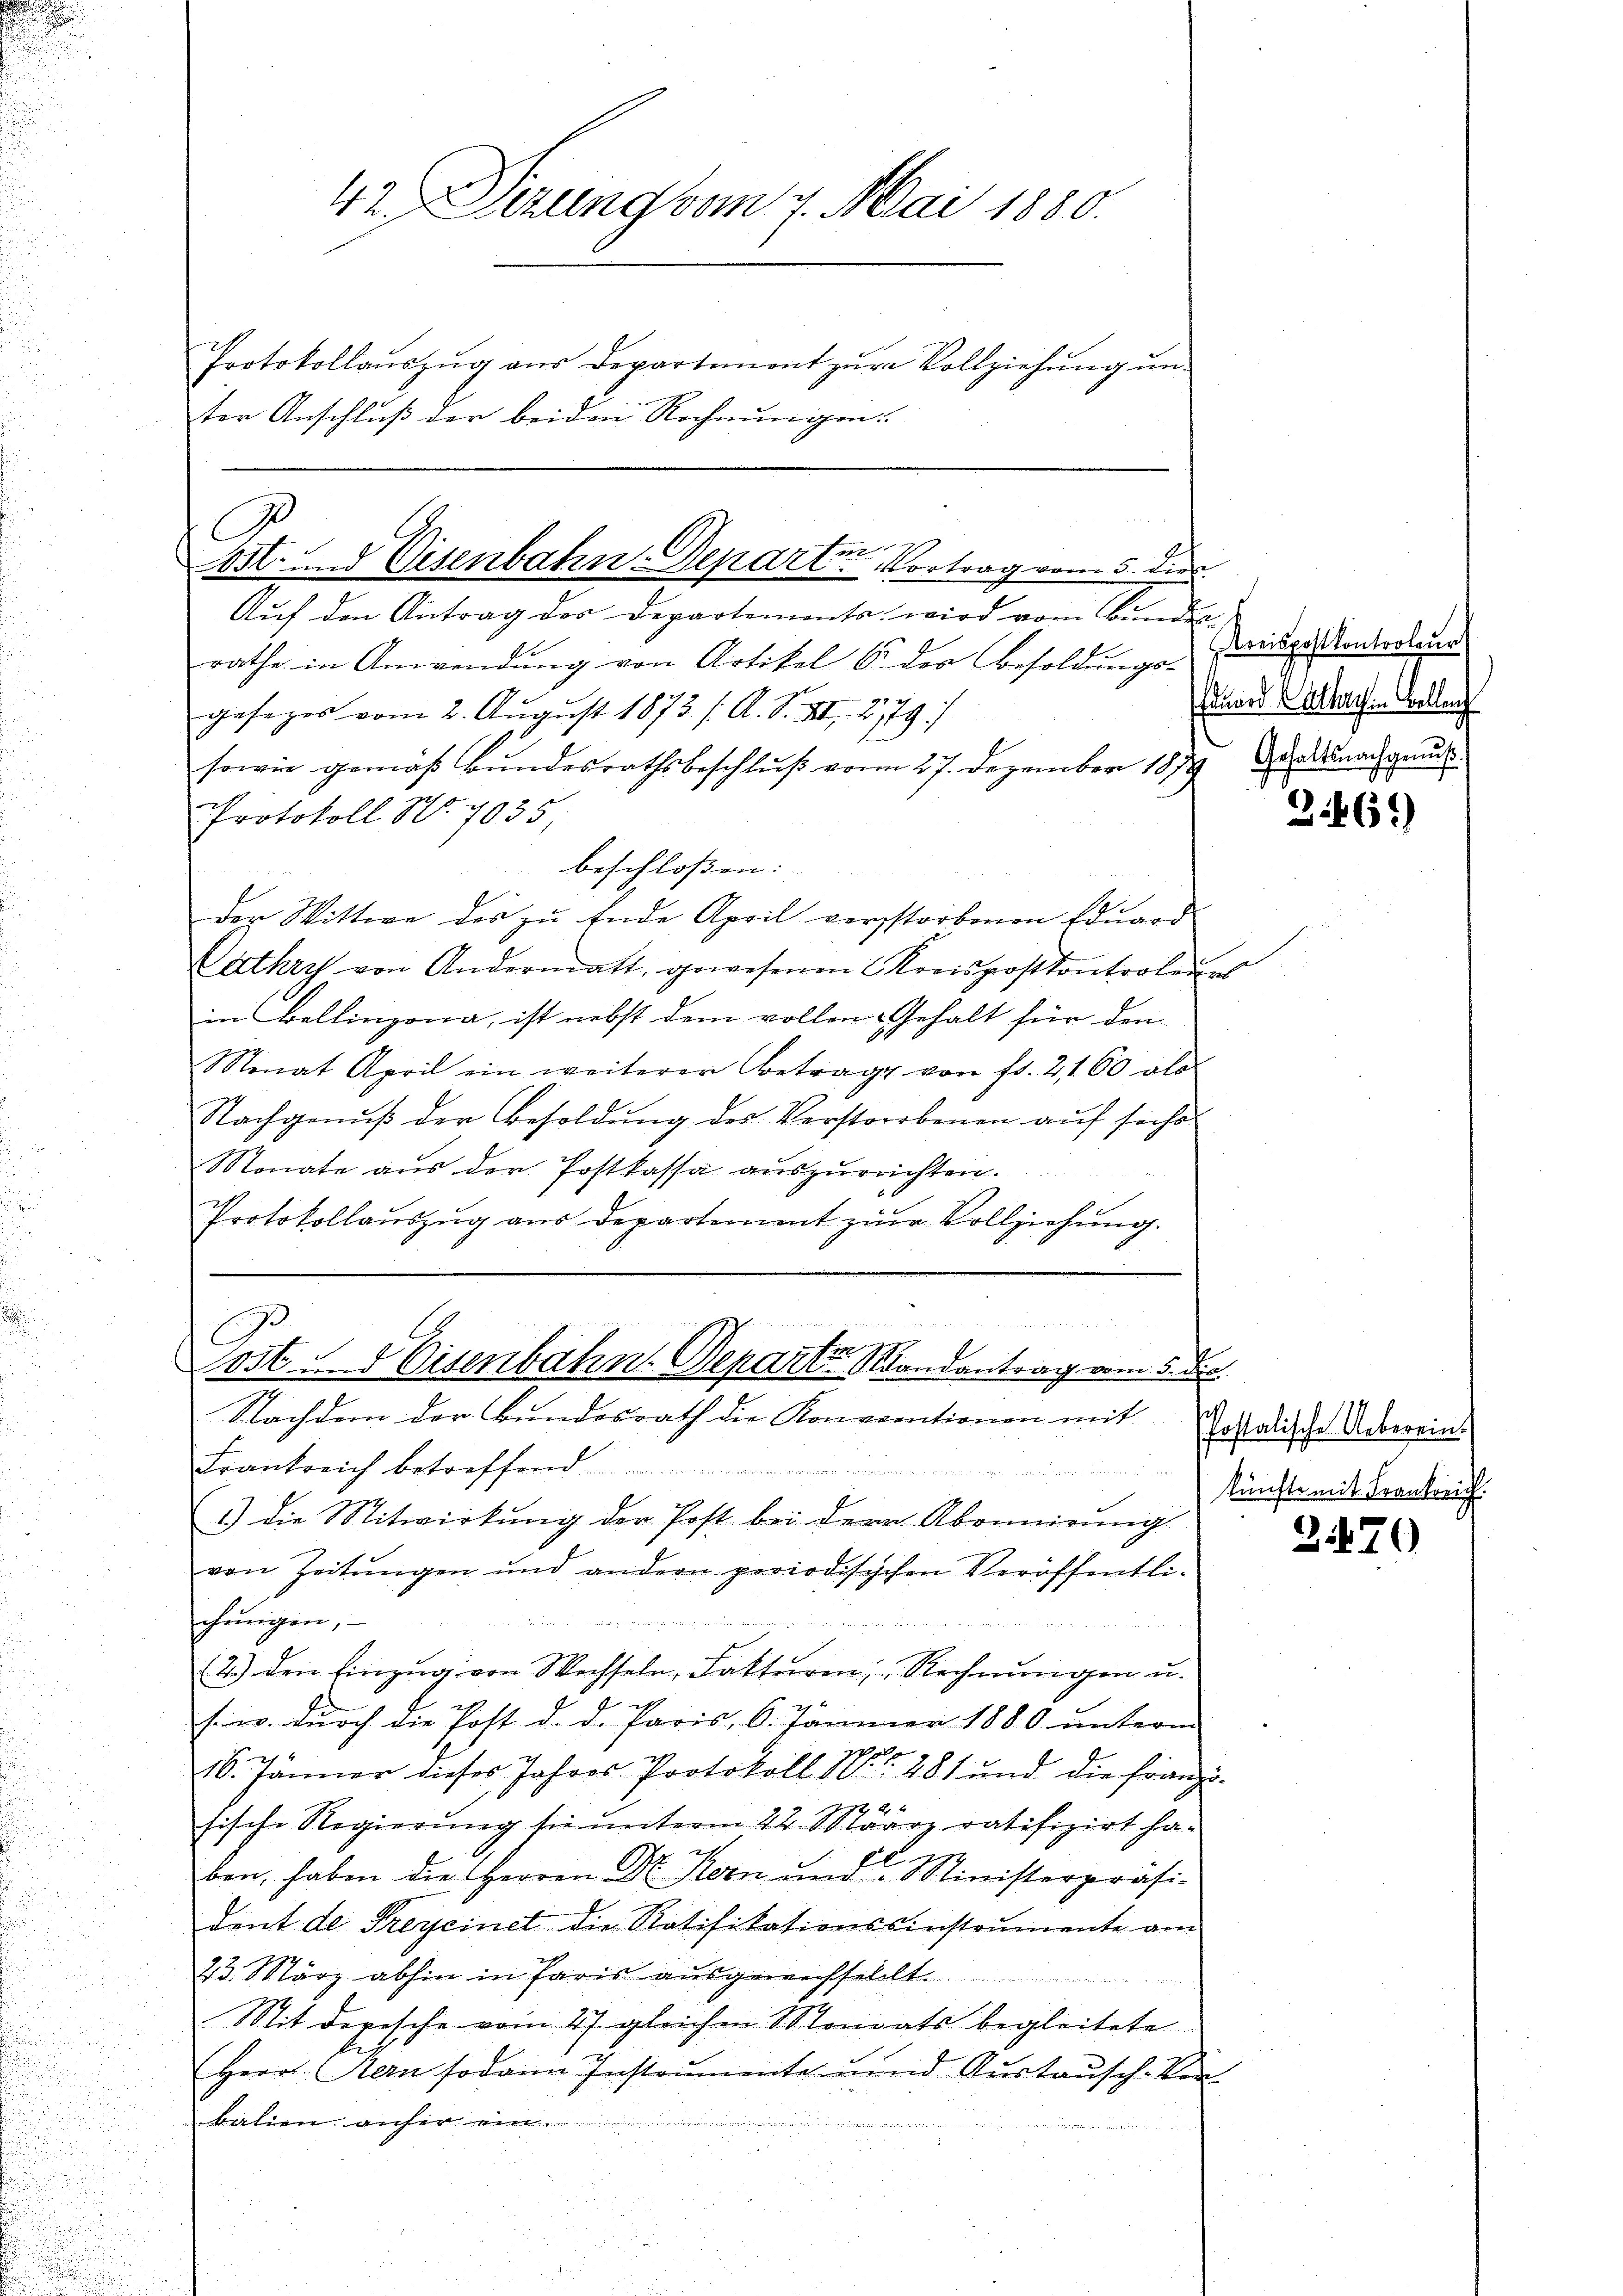
i

42. Dezung vom 7. Mai 1880.
Protokollauszug aus Departement zur Vollziehung unter Anschluß der beiden Rechnungen.

C
fe
ost und Eisenbahn-Depart. Vortrag vom 5. dies

Aŭf den Antrag der Departements wird vom Bunder
rathe in Anwendŭng von Artikel S. der Besoldŭngen eige Kontroleur
2
gesezes vom 2. August 1873 /: A. S. XII 2179)
sowie gemäß Bundesrathsbeschluß vom 27. Dezember 1879 de du nachge
Protokoll No. 7935,
beschlossen:
Der Wittwe des zu Ende April verstorbenen Eduard
Pathry von Andermatt, gewesenen Kreispostkontroleurs
in Bellinzona, ist nebst dem vollen Gehalt für den
Monat April ein weiterer Betrage von fr. 2100 als
Nachgenuß der Besoldung des Verstorbenen auf siche
Monate aus der Postkassa auszurechten.
Protokollaŭszŭg ans Departement zŭr Vollziehŭng.
n

19
Toit. Eisenbahn. Depart 6 Randantrag vom 5. die
Nachdem der Bundesrath die Konventionen mit galische Übereins

Eduard Catharin Bellen

Frankreich betreffend

1) die Mitwirkung der Post bei der Abonnirung
von Zeitungen und andern periodisischen Veröffentli-

chungen,
2.) den Einzug von Wechseln, Fakturen, Rechnungen u.
sin. Durch die Post d. d. Paris, 6. Jänner 1880 unterm
28.
2
16. Jänner dieses Jahres Protokoll No 401 und die franz-
2922
sische Regierung sie unterm 22. Sklaarz ratifizirt hax
ben, haben die Herren Dr. Kern und Ministerpräsi-
dent de Freycinet die Ratifikationssinstrumente am
23. März abhin in Paris ausgewechsellt.
d
Mit depesche vom 27. gleichen Monats begleitete
(Herr Kern sodann Instrumente und Austausch-Ver
kation anfer ein
u

346)

künfte mit Frankreich.

2470